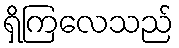
ရှိကြလေသည်